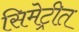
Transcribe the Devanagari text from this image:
सिमेट्रीत